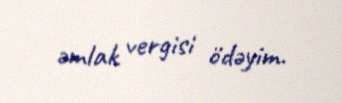
əmlak vergisi ödəyim.